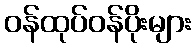
ဝန်ထုပ်ဝန်ပိုးများ